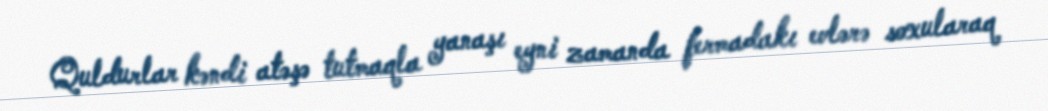
Quldurlar kəndi atəşə tutmaqla yanaşı eyni zamanda fermadakı evlərə soxularaq